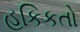
હકિકતો